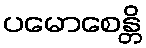
ပမောစေန္တိ